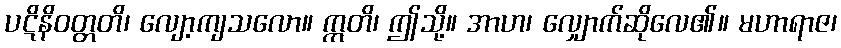
ပဋိနိဝတ္တတိ၊ လျော့ကျသလော။ ဣတိ၊ ဤသို့။ အာဟ၊ လျှောက်ဆိုလေ၏။ မဟာရာဇ၊